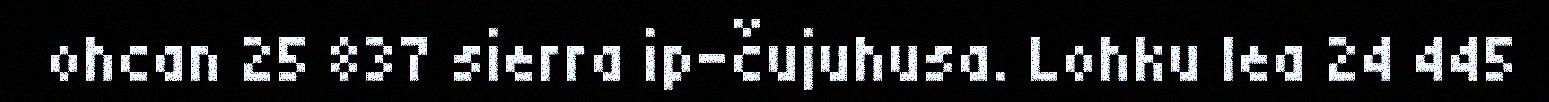
ohcan 25 837 sierra ip-čujuhusa. Lohku lea 24 445